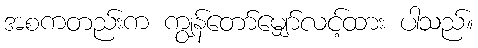
အစကတည်းက ကျွန်တော်မျှော်လင့်ထား ပါသည်။